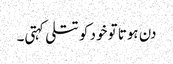
دن ہوتا تو خود کو تتلی کہتی۔